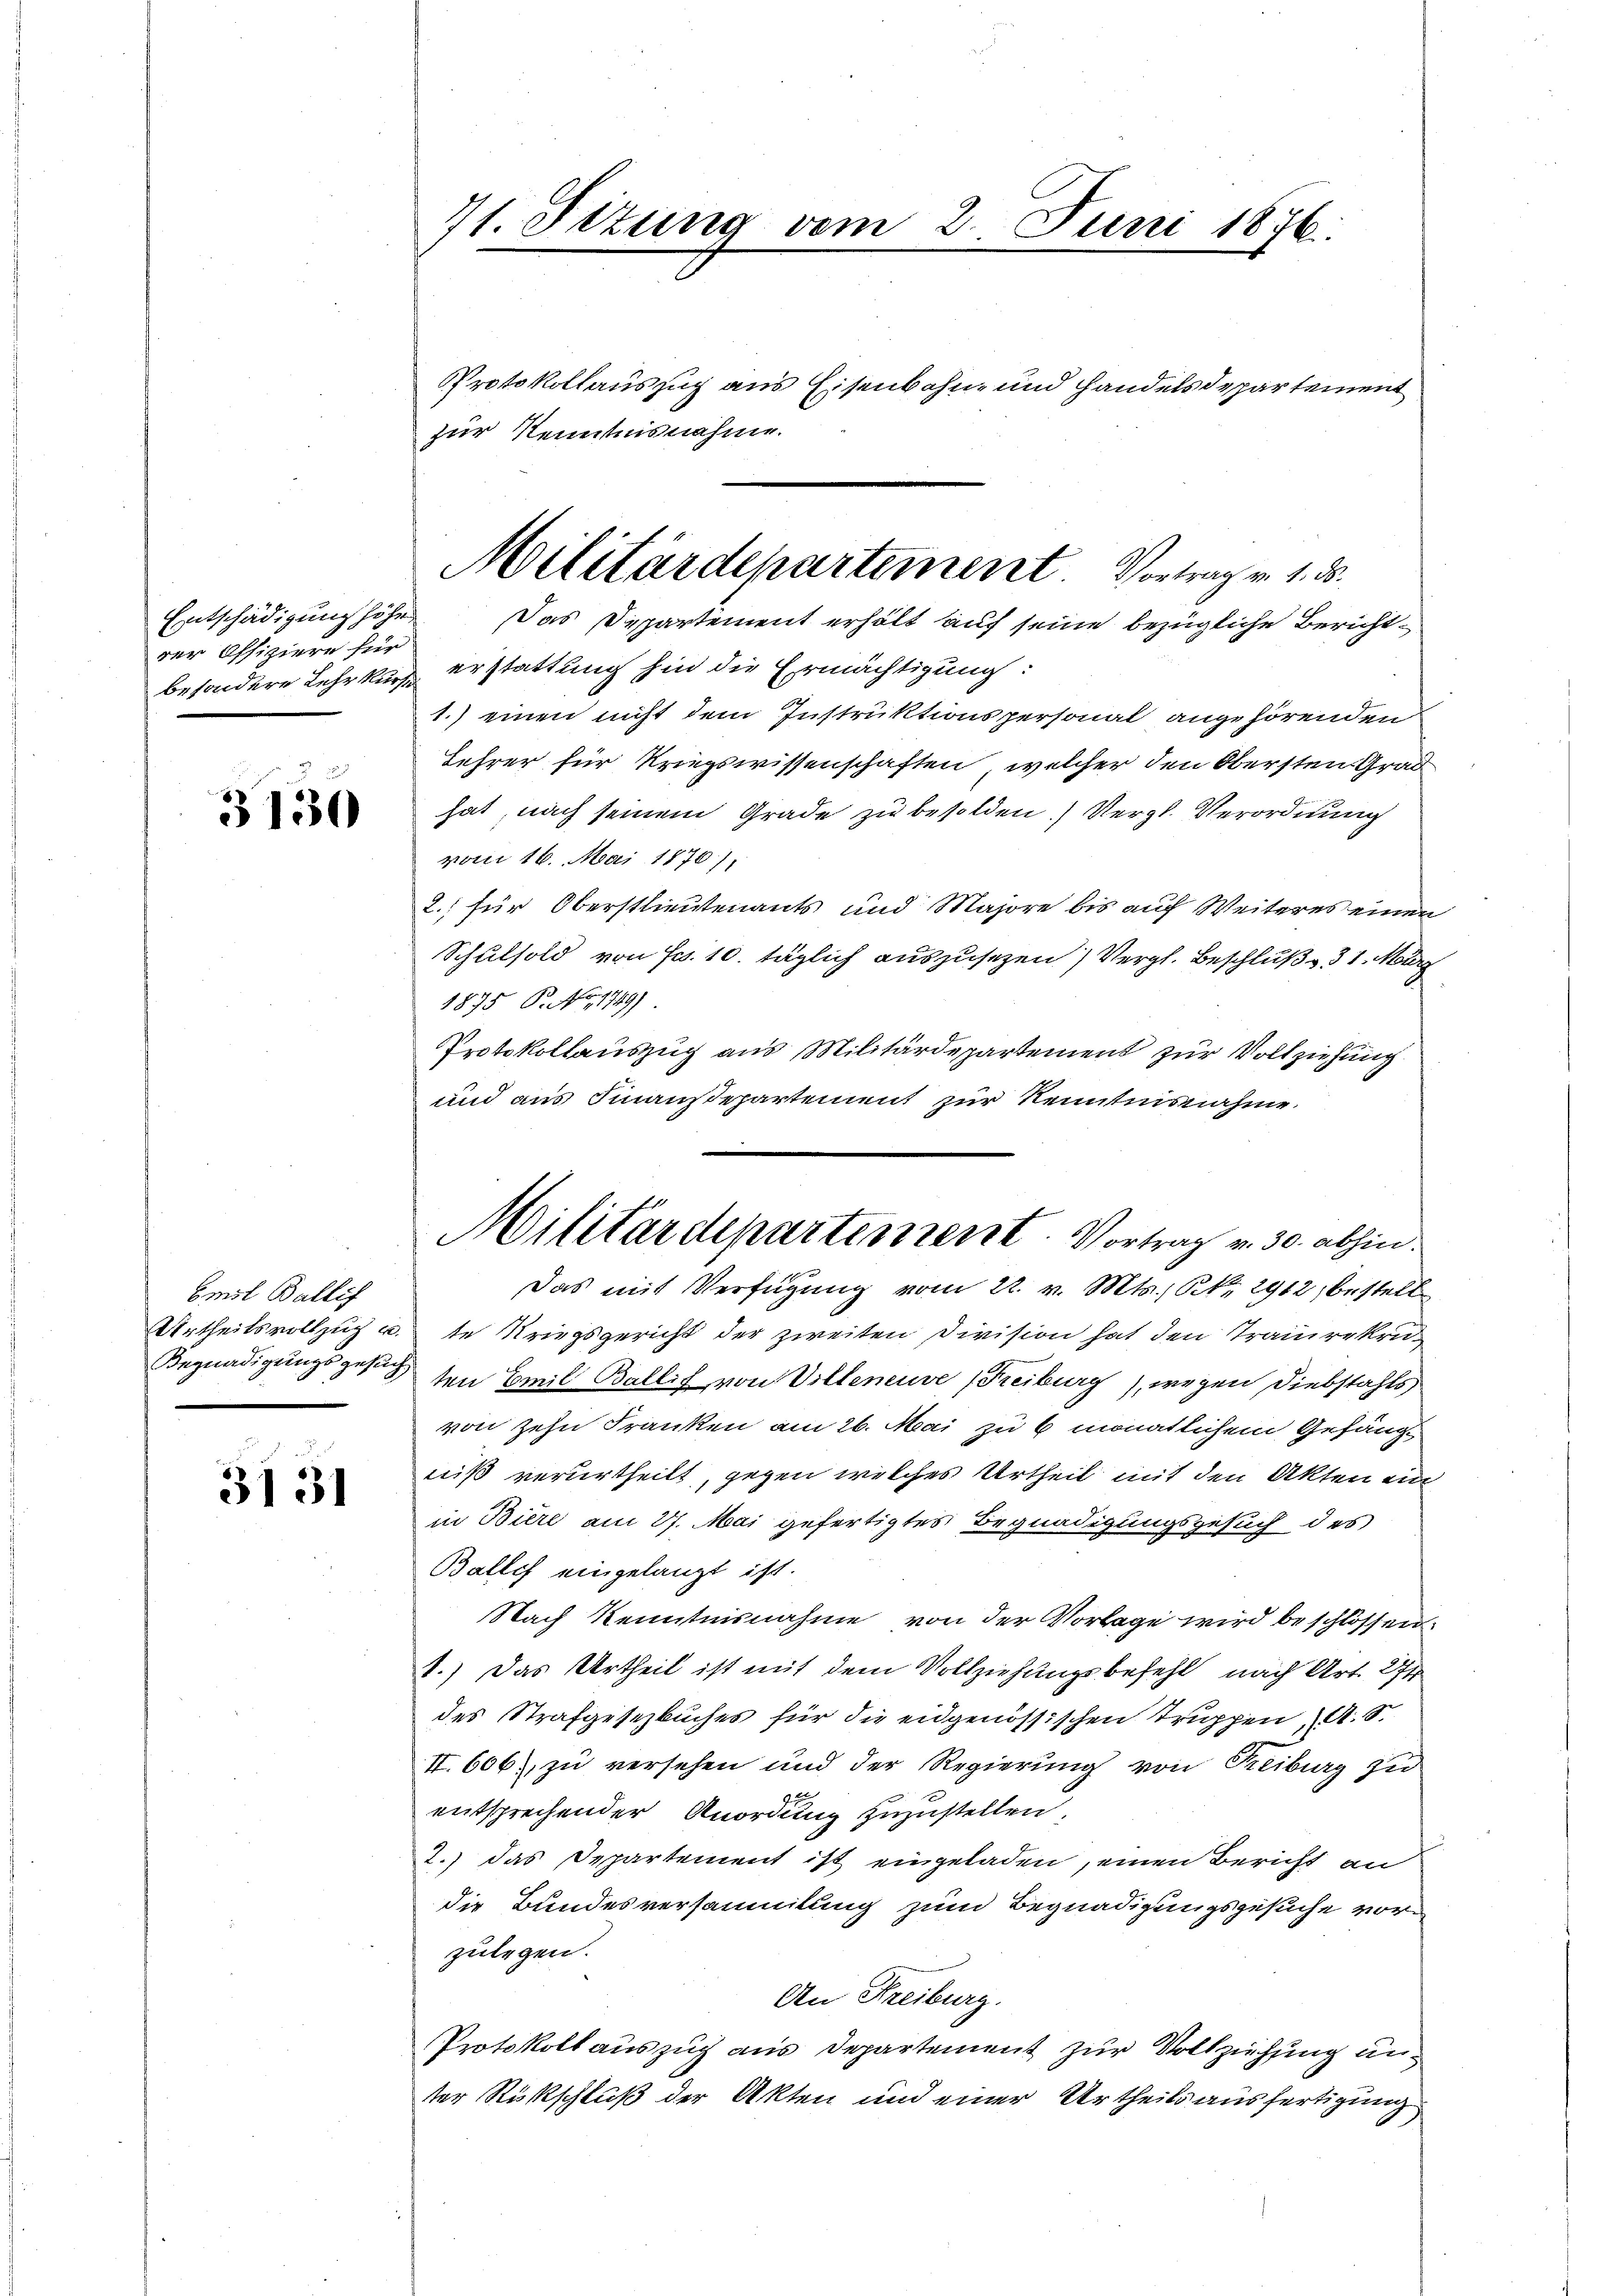
Entschädigung höhe
der Offiziere für

3130

Emil Ballif

3131

71. Situng vom 2. Juni 1876.

Protokollauszug aus Eisenbahn und Handelsdepartement
zur Kenntnisnahme.
besondere Lehrkurs erstattung hin die Ermächtigung:
1.) einen nicht dem Instruktionspersonal angehörenden
Lehrer für Kriegswissenschaften, welcher den Obersten Grad
hat, nach seinem Grade zu besolden.) Vergl. Verordnung
vom 16. Mai 1876),
2. für Oberstlieutenants und Majore bis auf Weiteres einen
Schulsold von Fr. 10. täglich auszusezen) Vergl. Beschluß v. 31. März
1875 P. No. 1749)
Protokollauszug aus Militärdepartement zur Vollziehung
und aus Finansepartement zur Kenntnisnahme
Das mit Verfügung vom 22. v. Mts., Nr. 2912, bestell
Urtheilsvollzug u. te Kriegsgericht der zweiten Division hat den Trauerkru¬
Begnadigungsgesuch den Emil Ballif von Villeneuve (Freiburg), wegen Diebstahls
von zehn Franken am 26. Mai zu 6 monatlichem Gefängs
niß verurtheilt, gegen welches Urtheil mit den Akten ein
in Biere am 27. Mai gefertigtes Begnadigungsgesuch des
Balles eingelangt ist.
Nach Kenntnisnahme von der Vorlage wird beschlossen.
1.) Das Urtheil ist mit dem Vollziehungsbefehl, nach Art. 274
des Strafgesetzbuches für die eidgenössischen Truppen, A. S.
II.606), zu versehen und der Regierung von Reiburg zu
entsprechender Anordung zuzustellen.
2.) das Departement ist eingeladen, einen Bericht an
die Bundesversammlung zum Begnadigungsgesuche vorzulegen.
An Freiburg.
Protokollauszug aus Departement zur Vollziehung unter Rückschluß der Akten und einer Urtheils ausfertigung

Militärdepartement. Vortrag v. 1. ds.
Das Departement erhält auf seine bezügliche Bericht¬

Militärdepartement. Vortrag v. 30. abhin.